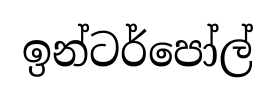
ඉන්ටර්පෝල්